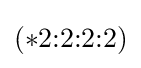
(*2{:}2{:}2{:}2)